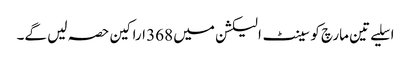
اسلیے تین مارچ کو سینٹ الیکشن میں 368 اراکین حصہ لیں گے۔